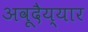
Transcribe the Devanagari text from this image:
अवूदैय्यार